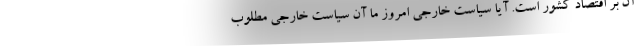
آن بر اقتصاد کشور است. آیا سیاست خارجی امروز ما آن سیاست خارجی مطلوب